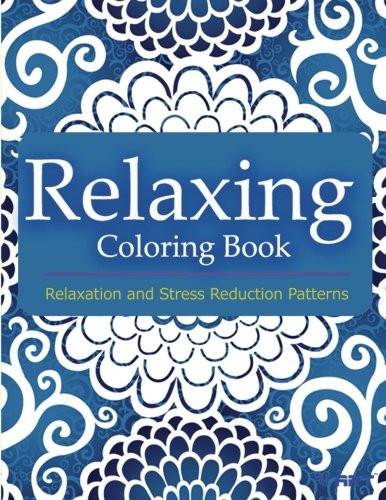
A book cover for Relaxing Coloring Book: Coloring Books for Adults Relaxation : Relaxation & Stress Reduction Patterns (Volume 49); Coloring Books for Adults; Arts & Photography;